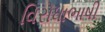
વિરોધાભાષી